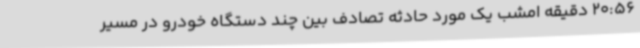
20:56 دقیقه امشب یک مورد حادثه تصادف بین چند دستگاه خودرو در مسیر